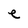
Character: e